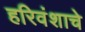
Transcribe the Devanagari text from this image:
हरिवंशाचे